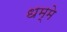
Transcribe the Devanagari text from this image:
धम्मे